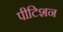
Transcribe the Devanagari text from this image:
पीटिशन